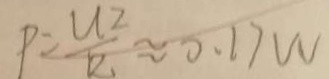
P = \frac { U ^ { 2 } } { R _ { 1 } } \approx 0 . 1 7 W